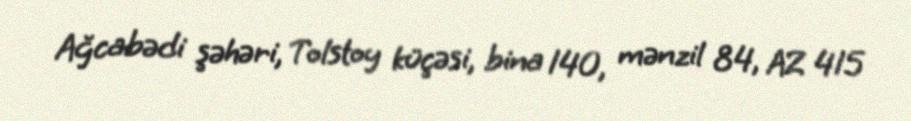
Ağcabədi şəhəri, Tolstoy küçəsi, bina 140, mənzil 84, AZ 415